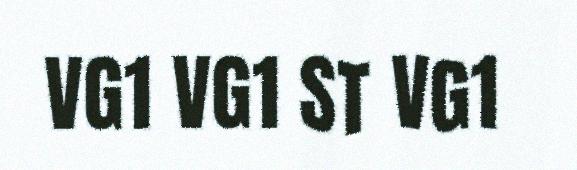
VG1 VG1 ST VG1